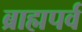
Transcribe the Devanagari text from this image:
ब्राह्मपर्व